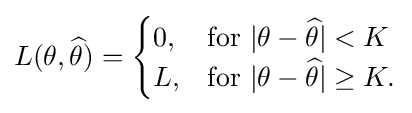
L(\theta ,{\widehat {\theta }})={\begin{cases}0,&{\mbox{for }}|\theta -{\widehat {\theta }}|<K\\L,&{\mbox{for }}|\theta -{\widehat {\theta }}|\geq K.\end{cases}}